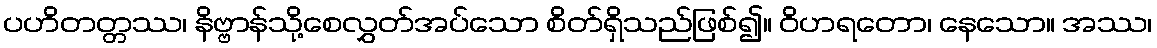
ပဟိတတ္တဿ၊ နိဗ္ဗာန်သို့စေလွှတ်အပ်သော စိတ်ရှိသည်ဖြစ်၍။ ဝိဟရတော၊ နေသော။ အဿ၊